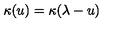
\kappa ( u ) = \kappa ( \lambda - u )